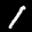
Label: 1